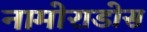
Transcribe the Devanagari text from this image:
नामोराडोस